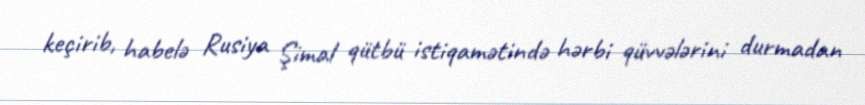
keçirib, habelə Rusiya Şimal qütbü istiqamətində hərbi qüvvələrini durmadan